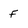
Character: F